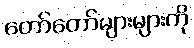
တော်တော်များများကို